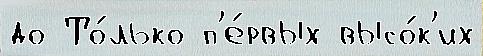
до То́лько п'е́рвых высо́к'их